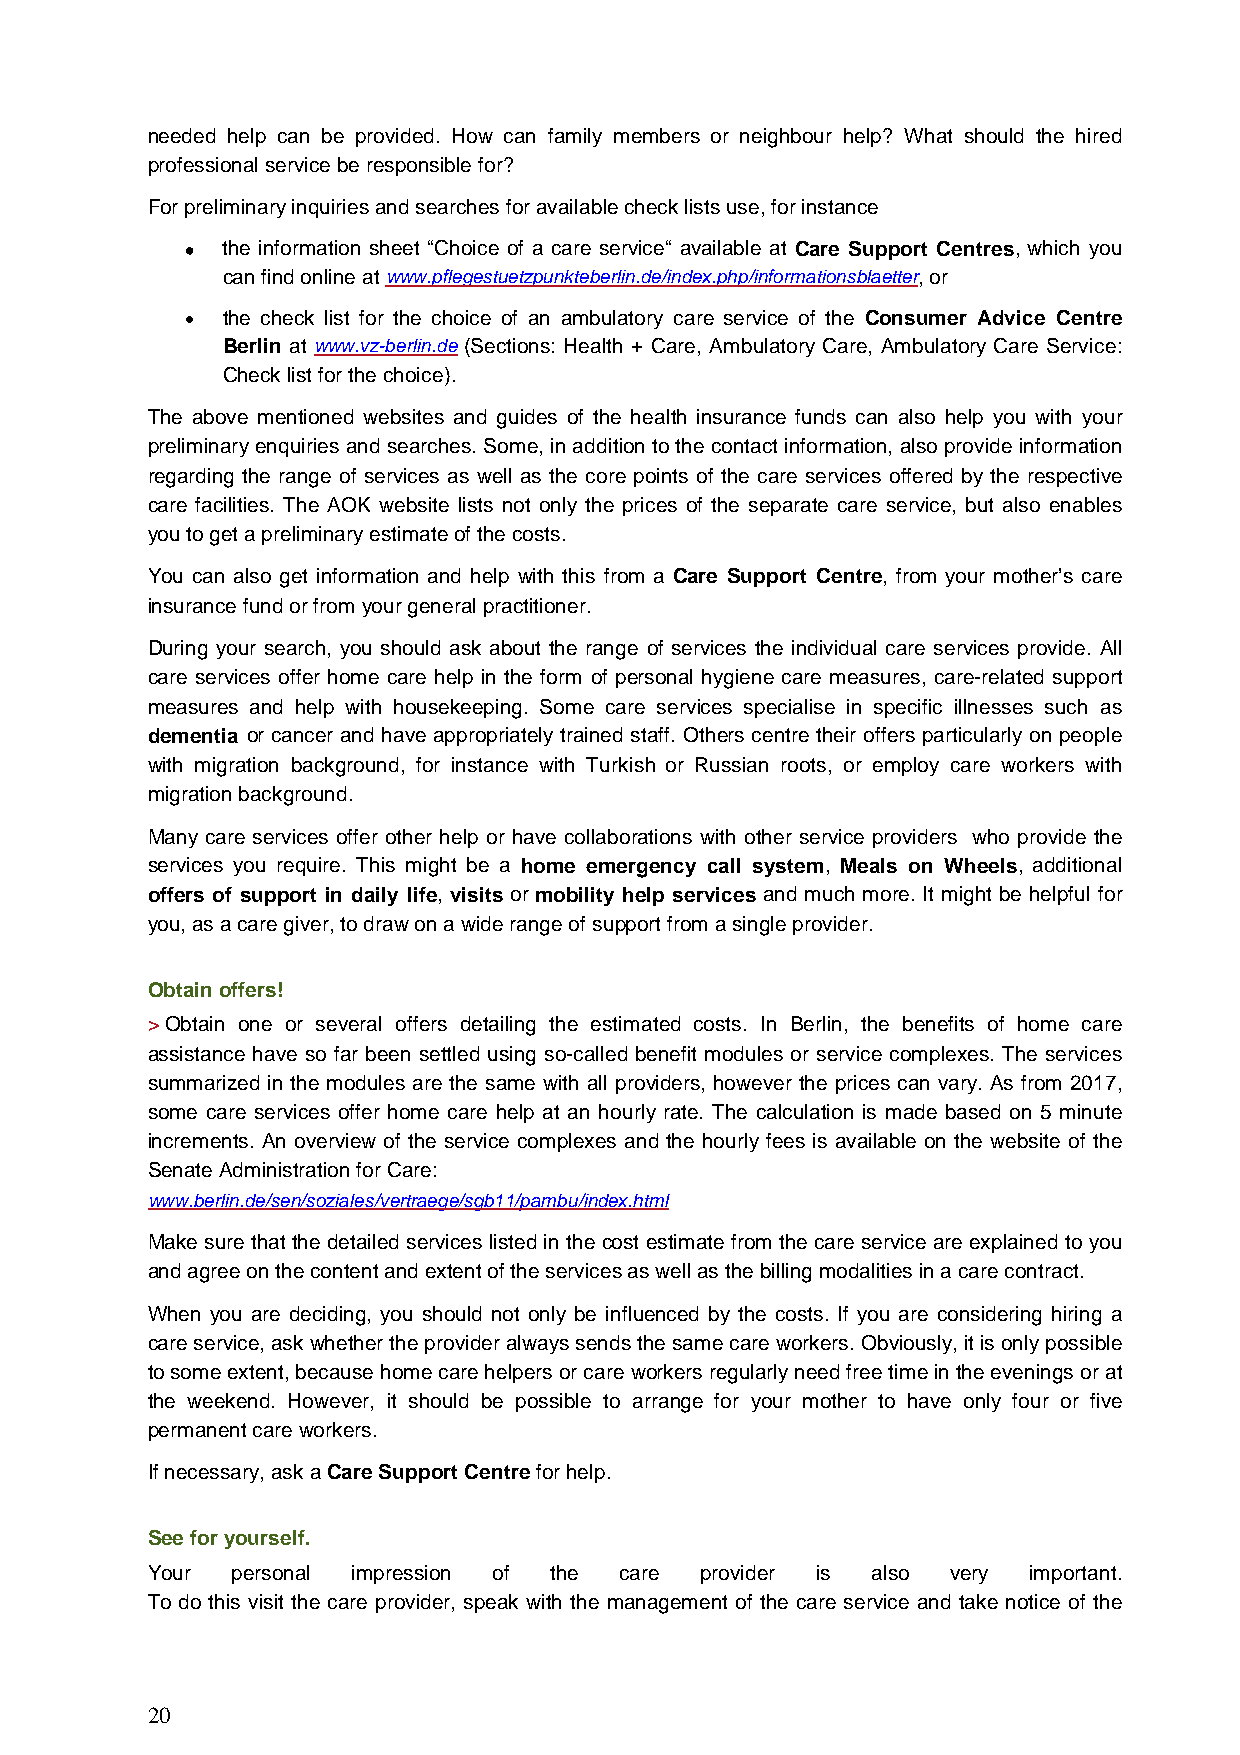
needed help can be provided. How can family members or neighbour help? What should the hired
 professional service be responsible for?
 For preliminary inquiries and searches for available check lists use, for instance
 •  the information sheet “Choice of a care service“ available at Care Support Centres, which you
 can find online at www.pflegestuetzpunkteberlin.de/index.php/informationsblaetter, or
 •  the check list for the choice of an ambulatory care service of the Consumer Advice Centre
 Berlin at www.vz-berlin.de (Sections: Health + Care, Ambulatory Care, Ambulatory Care Service:
 Check list for the choice).
 The above mentioned websites and guides of the health insurance funds can also help you with your
 preliminary enquiries and searches. Some, in addition to the contact information, also provide information
 regarding the range of services as well as the core points of the care services offered by the respective
 care facilities. The AOK website lists not only the prices of the separate care service, but also enables
 you to get a preliminary estimate of the costs.
 You can also get information and help with this from a Care Support Centre, from your mother’s care
 insurance fund or from your general practitioner.
 During your search, you should ask about the range of services the individual care services provide. All
 care services offer home care help in the form of personal hygiene care measures, care-related support
 measures and help with housekeeping. Some care services specialise in specific illnesses such as
 dementia or cancer and have appropriately trained staff. Others centre their offers particularly on people
 with migration background, for instance with Turkish or Russian roots, or employ care workers with
 migration background.
 Many care services offer other help or have collaborations with other service providers who provide the
 services you require. This might be a home emergency call system, Meals on Wheels, additional
 offers of support in daily life, visits or mobility help services and much more. It might be helpful for
 you, as a care giver, to draw on a wide range of support from a single provider.
 Obtain offers!
 > Obtain one or several offers detailing the estimated costs. In Berlin, the benefits of home care
 assistance have so far been settled using so-called benefit modules or service complexes. The services
 summarized in the modules are the same with all providers, however the prices can vary. As from 2017,
 some care services offer home care help at an hourly rate. The calculation is made based on 5 minute
 increments. An overview of the service complexes and the hourly fees is available on the website of the
 Senate Administration for Care:
 www.berlin.de/sen/soziales/vertraege/sgb11/pambu/index.html
 Make sure that the detailed services listed in the cost estimate from the care service are explained to you
 and agree on the content and extent of the services as well as the billing modalities in a care contract.
 When you are deciding, you should not only be influenced by the costs. If you are considering hiring a
 care service, ask whether the provider always sends the same care workers. Obviously, it is only possible
 to some extent, because home care helpers or care workers regularly need free time in the evenings or at
 the weekend. However, it should be possible to arrange for your mother to have only four or five
 permanent care workers.
 If necessary, ask a Care Support Centre for help.
 See for yourself.
 Your personal impression of the care provider is also very important.
 To do this visit the care provider, speak with the management of the care service and take notice of the
 20